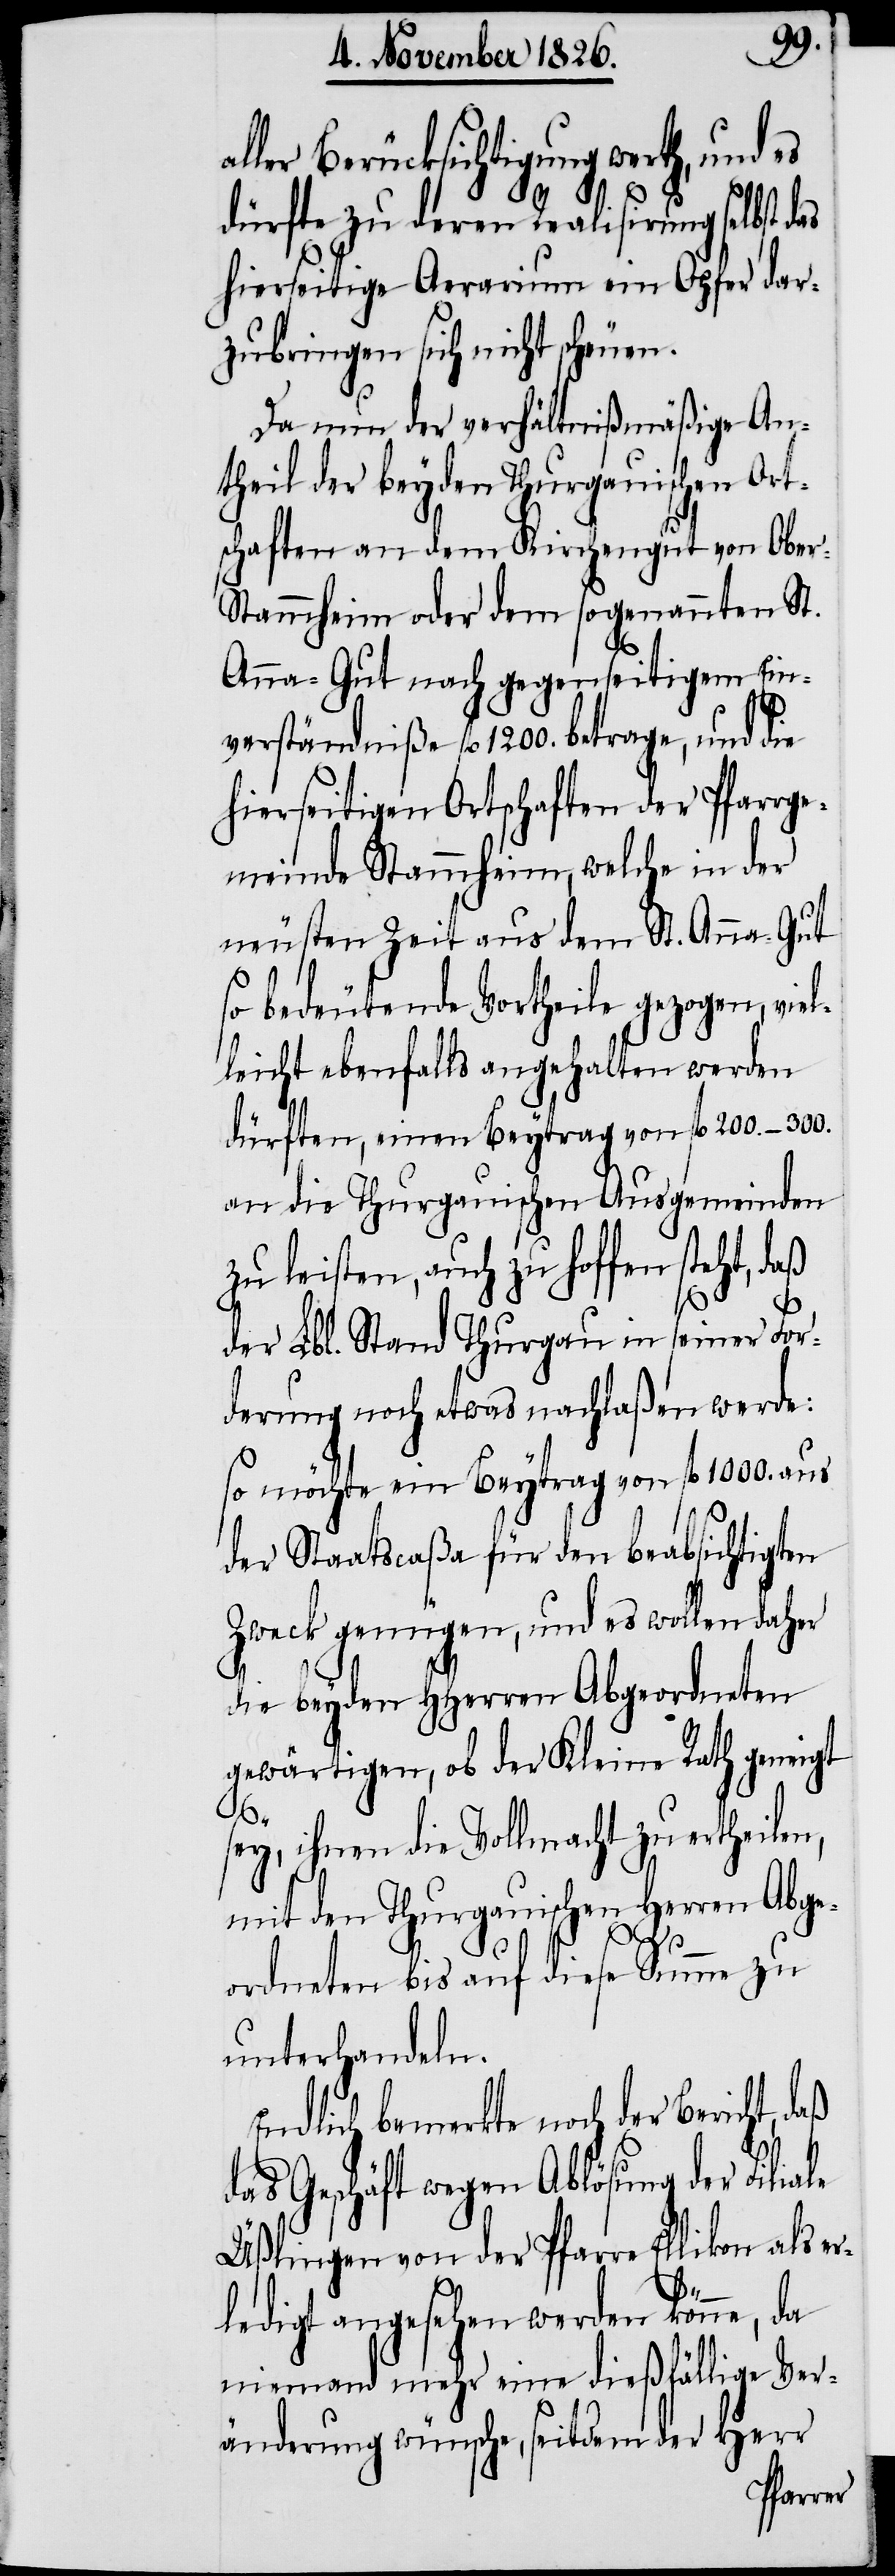
aller Berücksichtigung werth, und es
dürfte zu deren Realisirung selbst das
hierseitige Aerarium ein Opfer dar¬
zubringen sich nicht scheuen.
Da nun der verhältnißmäßige An¬
theil der beyden Thurgauischen Ort¬
schaften an dem Kirchengut von Obe¬
r-Stammheim oder dem sogenannten St.
Anna-Gut nach gegenseitigem Ein¬
verständniße fl. 1200. betrage, und die
hierseitigen Ortschaften der Pfarrge¬
meinde Stammheim, welche in der
neusten Zeit aus dem St. Anna-Gut
so bedeutende Vortheile gezogen, vie¬
leicht ebenfalls angehalten werden
dürften, einen Beytrag von fl. 200.–300.
an die thurgauischen Ausgemeinden
zu leisten, auch zu hoffen steht, daß
le
der Lbl. Stand Thurgau in seiner For¬
derung noch etwas nachlaßen werde:
so möchte ein Beytrag von fl. 1000. aus
der Staatscaßa für den beabsichtigten
Zweck genügen, und es wollen daher
die beyden HHerren Abgeordneten
gewärtigen, ob der Kleine Rath geneigt
sey,
ihnen die Vollmacht zu ertheilen,
mit den Thurgauischen Herren Abge¬
ordneten bis auf diese Summe zu
unterhandeln.
Endlich bemerkte noch der Bericht, daß
das Geschäft wegen Ablösung der Filia¬
Üßlingen von der Pfarre Ellikon als er¬
ledigt angesehen werden könne, da
niemand mehr eine dießfällige Ver¬
änderung wünsche, seitdem der Herr